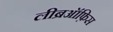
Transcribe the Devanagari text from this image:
लीब्रऑफ़िस